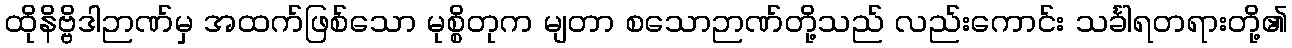
ထိုနိဗ္ဗိဒါဉာဏ်မှ အထက်ဖြစ်သော မုစ္စိတုက မျတာ စသောဉာဏ်တို့သည် လည်းကောင်း သင်္ခါရတရားတို့၏